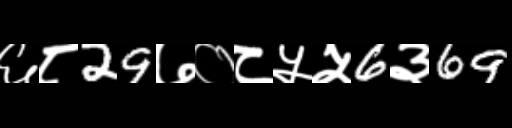
Text: ६८29७०८५५6३69